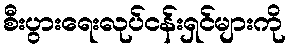
စီးပွားရေးလုပ်ငန်းရှင်များကို